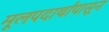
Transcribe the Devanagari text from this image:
मूलपदार्थांपासून